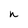
Character: n